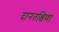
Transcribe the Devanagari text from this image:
दानतक्षिणा